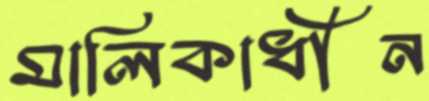
মালিকাধীন